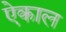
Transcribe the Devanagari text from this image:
ऐकाल